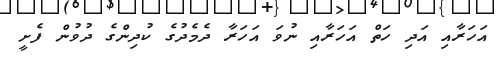
އަހަރާއި އަދި ހަތް އަހަރާއި ނުވަ އަހަރާ ދެމެދުގެ ކުދިންގެ ދުވުން ފެށީ